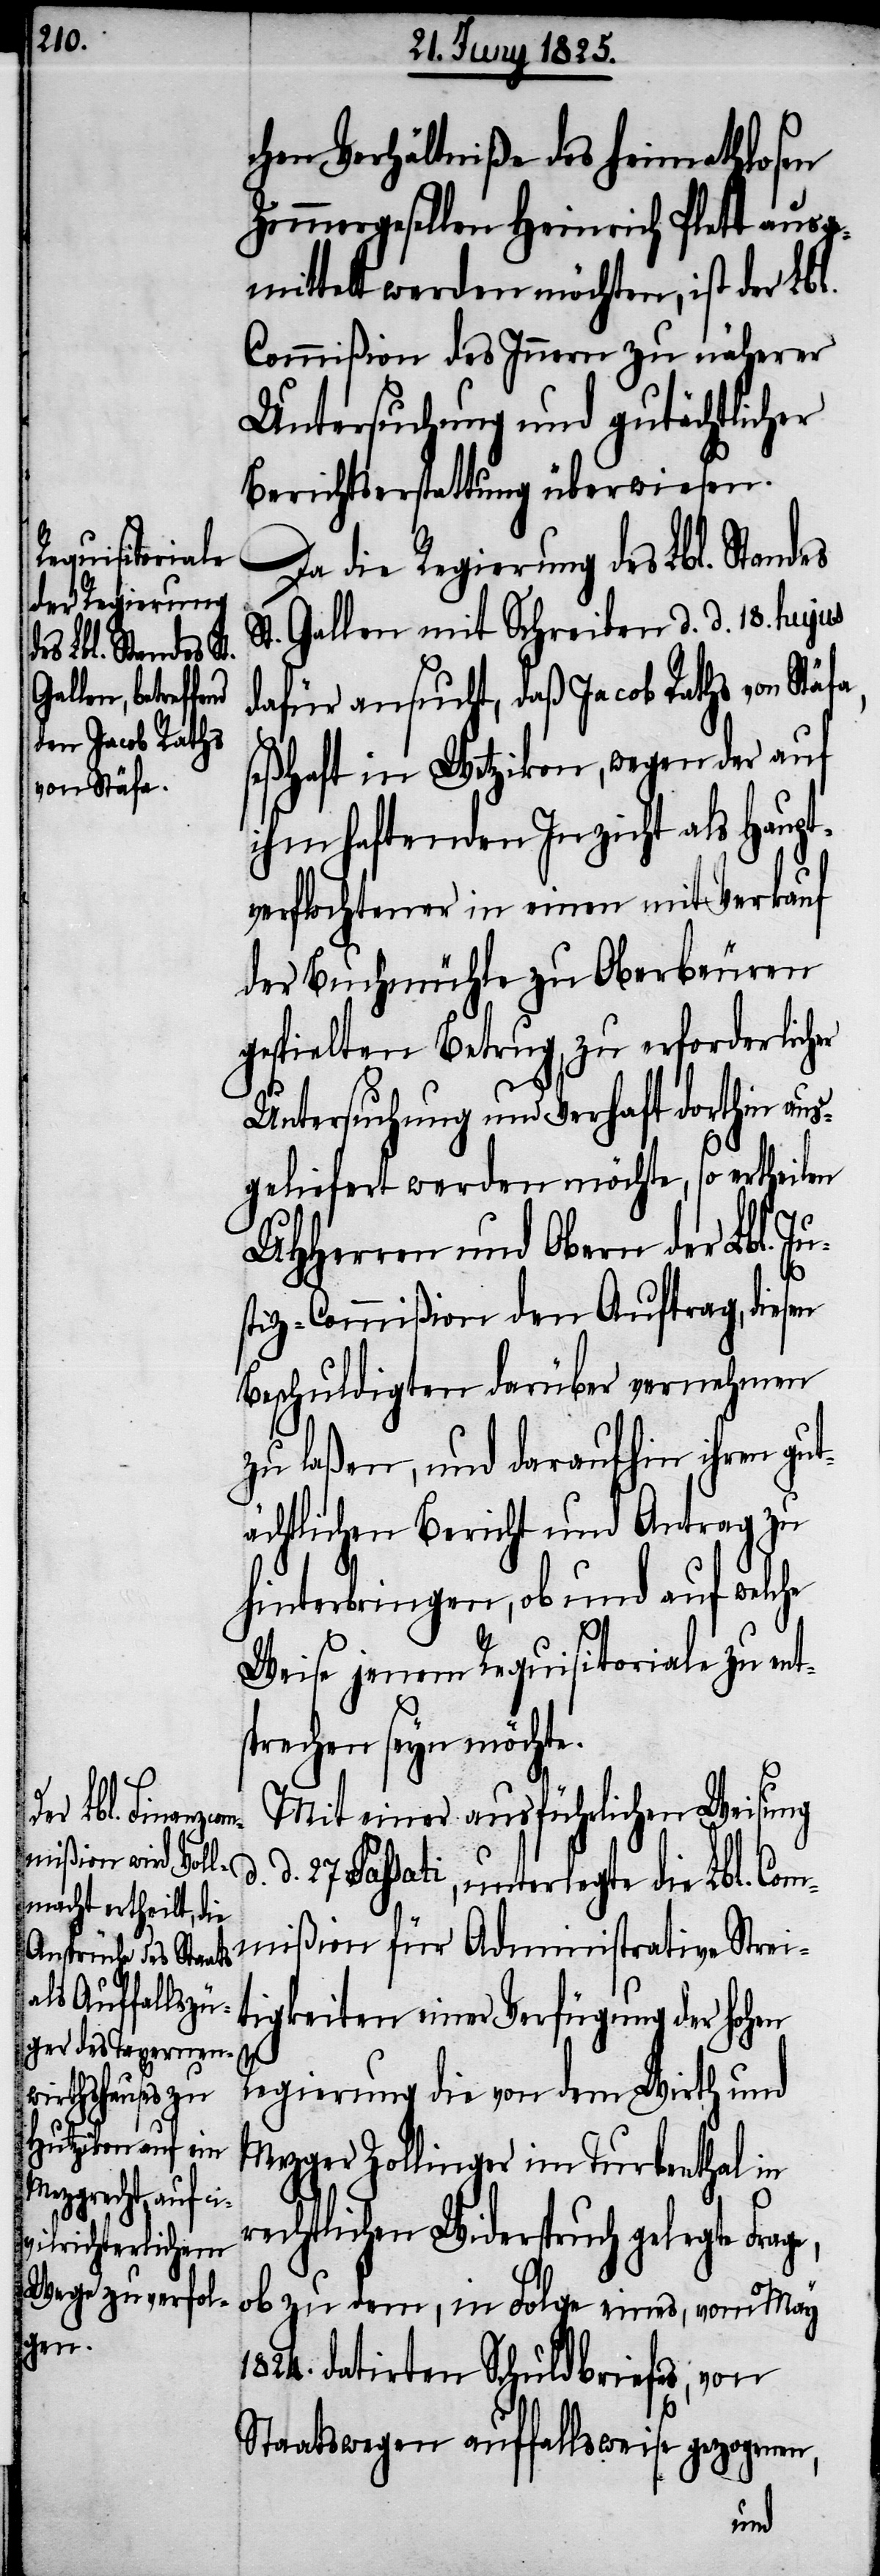
chen Verhältniße des Heimathlosen
Zimmergesellen Heinrich Plett ausge¬
mittelt werden möchten, ist der Lbl.
Commißion des Innern zu näherer
Untersuchung und gutächtlicher
Berichtserstattung überwiesen.
Da die Regierung des Lbl. Standes
St. Gallen mit Schreiben d. d. 18. hujus
dafür ansucht, daß Jacob Raths von Stä¬
seßhaft in Wetzikon, wegen der auf
ihm haftenden Inzicht als Haupt¬
verflochtener in einen mit Verkauf
der Buchmühle zu Oberbeuren
gespielten Betrug, zu erforderlicher
Untersuchung und Verhaft dorthin aus¬
geliefert werden möchte, so ertheilen
UHHerren und Obern der Lbl. Ju¬
stiz-Commißion den Auftrag, diesen
Beschuldigten darüber vernehmen
zu laßen, und daraufhin ihren gu¬
tächtlichen Bericht und Antrag zu
hinterbringen, ob und auf welche
Weise jenem Requisitoriale zu ent¬
prechen seyn möchte.
Mit einer ausführlichen Weisung
27. Passati, unterlegte die Lbl. Com¬
mißion für Administrative Strei¬
tigkeiten einer Verfügung der hohen
Regierung die von dem Wirth und
Mezger Zollinger im Turbenthal in
rechtlichen Widerspruch gelegte
ob zu dem, in Folge eines, vom May
1824. datirten Schuldbriefes, von
Staatswegen auffallsweise gezogenen,
s¬